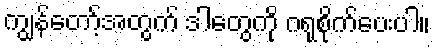
ကျွန်တော့်အတွက် ဒါတွေကို ဂရုစိုက်ပေးပါ။